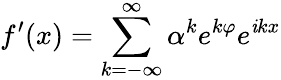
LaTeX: f^{\prime}(x)=\sum_{k=-\infty}^{\infty}\alpha^{k}e^{k\varphi}e^{\mathit{i}kx}